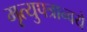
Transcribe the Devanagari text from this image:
मृत्युपत्रान्वये